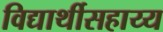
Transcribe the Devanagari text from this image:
विद्यार्थीसहाय्य